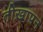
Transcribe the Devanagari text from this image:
तीख़ापन